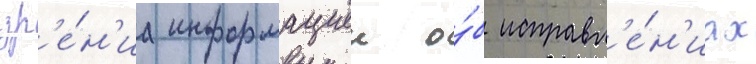
зр'е́н'иа информациеи о́б исправл'е́н'иах